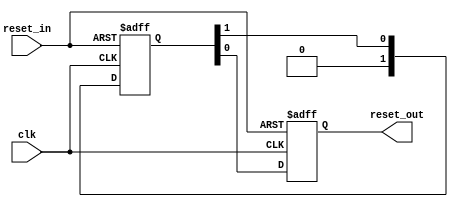
module altera_tse_reset_synchronizer
#(
    parameter ASYNC_RESET = 1,
    parameter DEPTH       = 2
)
(
    input   reset_in /* synthesis ALTERA_ATTRIBUTE = "SUPPRESS_DA_RULE_INTERNAL=\"R101,R105\"" */,

    input   clk,
    output  reset_out
);

    // -----------------------------------------------
    // Synchronizer register chain. We cannot reuse the
    // standard synchronizer in this implementation 
    // because our timing constraints are different.
    //
    // Instead of cutting the timing path to the d-input 
    // on the first flop we need to cut the aclr input.
    // 
    // We omit the "preserve" attribute on the final
    // output register, so that the synthesis tool can
    // duplicate it where needed.
    // -----------------------------------------------
    // Please check the false paths setting in TSE SDC
    
    (*preserve*) reg [DEPTH-1:0] altera_tse_reset_synchronizer_chain;
    reg altera_tse_reset_synchronizer_chain_out;

    generate if (ASYNC_RESET) begin

        // -----------------------------------------------
        // Assert asynchronously, deassert synchronously.
        // -----------------------------------------------
        always @(posedge clk or posedge reset_in) begin
            if (reset_in) begin
                altera_tse_reset_synchronizer_chain <= {DEPTH{1'b1}};
                altera_tse_reset_synchronizer_chain_out <= 1'b1;
            end
            else begin
                altera_tse_reset_synchronizer_chain[DEPTH-2:0] <= altera_tse_reset_synchronizer_chain[DEPTH-1:1];
                altera_tse_reset_synchronizer_chain[DEPTH-1] <= 0;
                altera_tse_reset_synchronizer_chain_out <= altera_tse_reset_synchronizer_chain[0];
            end
        end

        assign reset_out = altera_tse_reset_synchronizer_chain_out;
     
    end else begin

        // -----------------------------------------------
        // Assert synchronously, deassert synchronously.
        // -----------------------------------------------
        always @(posedge clk) begin
            altera_tse_reset_synchronizer_chain[DEPTH-2:0] <= altera_tse_reset_synchronizer_chain[DEPTH-1:1];
            altera_tse_reset_synchronizer_chain[DEPTH-1] <= reset_in;
            altera_tse_reset_synchronizer_chain_out <= altera_tse_reset_synchronizer_chain[0];
        end

        assign reset_out = altera_tse_reset_synchronizer_chain_out;
 
    end
    endgenerate

endmodule